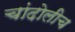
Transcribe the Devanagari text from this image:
चांदोलीच